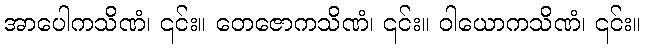
အာပေါကသိဏံ၊ ၎င်း။ တေဇောကသိဏံ၊ ၎င်း။ ဝါယောကသိဏံ၊ ၎င်း။